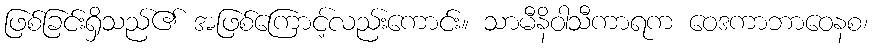
ဖြစ်ခြင်းရှိသည်၏ အဖြစ်ကြောင့်လည်းကောင်း။ သာမီနိဝါသီကာရက ဝေဒကာဘာဝေနစ၊